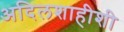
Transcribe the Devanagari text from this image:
अदिलशाहीशी